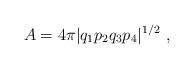
\begin{align*}A= 4\pi |q_1 p_2 q_3 p_4|^{1/2} \ ,\end{align*}